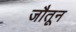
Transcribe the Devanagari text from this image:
जौतून